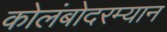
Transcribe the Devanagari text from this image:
कोलंबोदरम्यान